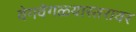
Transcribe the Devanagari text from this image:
वेगवेगळ्यास्तरावर